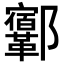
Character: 𨟨